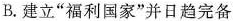
B.建立”福利国家”并日趋完备